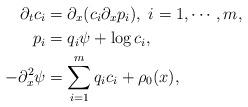
LaTeX: \begin{align*} \partial_t c_i&=\partial_x (c_i \partial_x p_i), \; i=1, \cdots, m, \\ p_i &=q_i \psi +\log c_i,\\ -\partial_{x}^2\psi&=\sum_{i=1}^m q_ic_i +\rho_0(x),\end{align*}